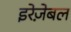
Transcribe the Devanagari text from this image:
इरेज़ेबल